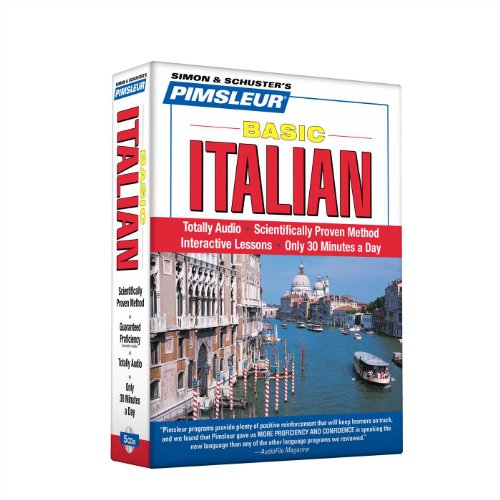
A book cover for Pimsleur Italian Basic Course - Level 1 Lessons 1-10 CD: Learn to Speak and Understand Italian with Pimsleur Language Programs; Pimsleur; Computers & Technology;